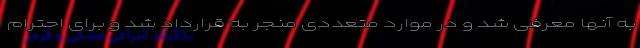
به آنها معرفی شد و در موارد متعددی منجر به قرارداد شد و برای احترام